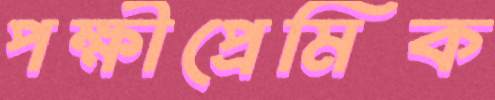
পক্ষীপ্রেমিক